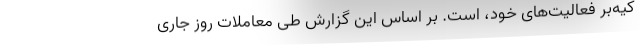
کیه‌بر فعالیت‌های خود، است. بر اساس این گزارش طی معاملات روز جاری